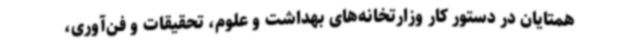
همتایان در دستور کار وزارتخانه‌های بهداشت و علوم، تحقیقات و فن‌آوری،